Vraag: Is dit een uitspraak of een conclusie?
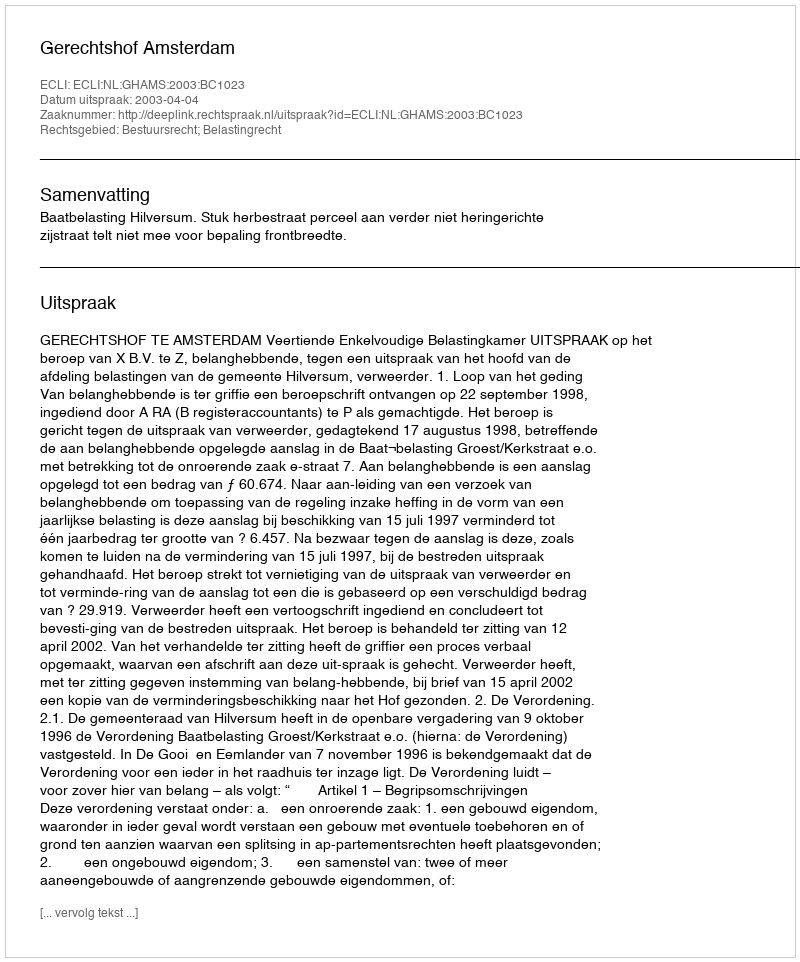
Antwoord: Uitspraak